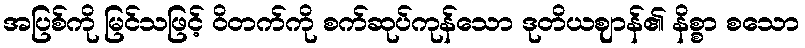
အပြစ်ကို မြင်သဖြင့် ဝိတက်ကို စက်ဆုပ်ကုန်သော ဒုတိယဈာန်၏ နိစ္စာ စသော